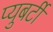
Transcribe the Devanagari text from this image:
प्युबर्टी